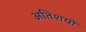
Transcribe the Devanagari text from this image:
अतिशयों